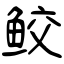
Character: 鲛